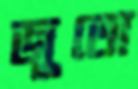
জুতো